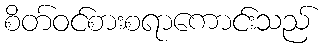
စိတ်ဝင်စားစရာကောင်းသည်